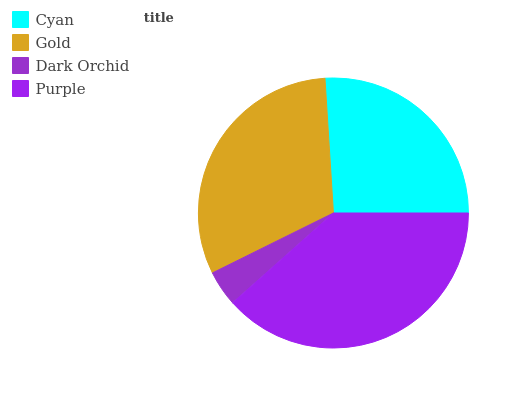
| Cyan | Gold | Dark Orchid | Purple |
 | --- | --- | --- | --- |
 | 26% | 31.4% | 4.27% | 38.4% |